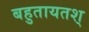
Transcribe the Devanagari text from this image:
बहुतायतश्